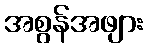
အစွန်အဖျား